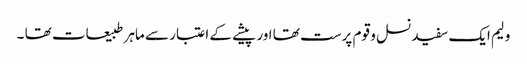
ولیم ایک سفید نسل و قوم پرست تھا اور پیشے کے اعتبار سے ماہر طبیعات تھا ۔